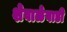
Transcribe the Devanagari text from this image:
शेवाळेवाडी